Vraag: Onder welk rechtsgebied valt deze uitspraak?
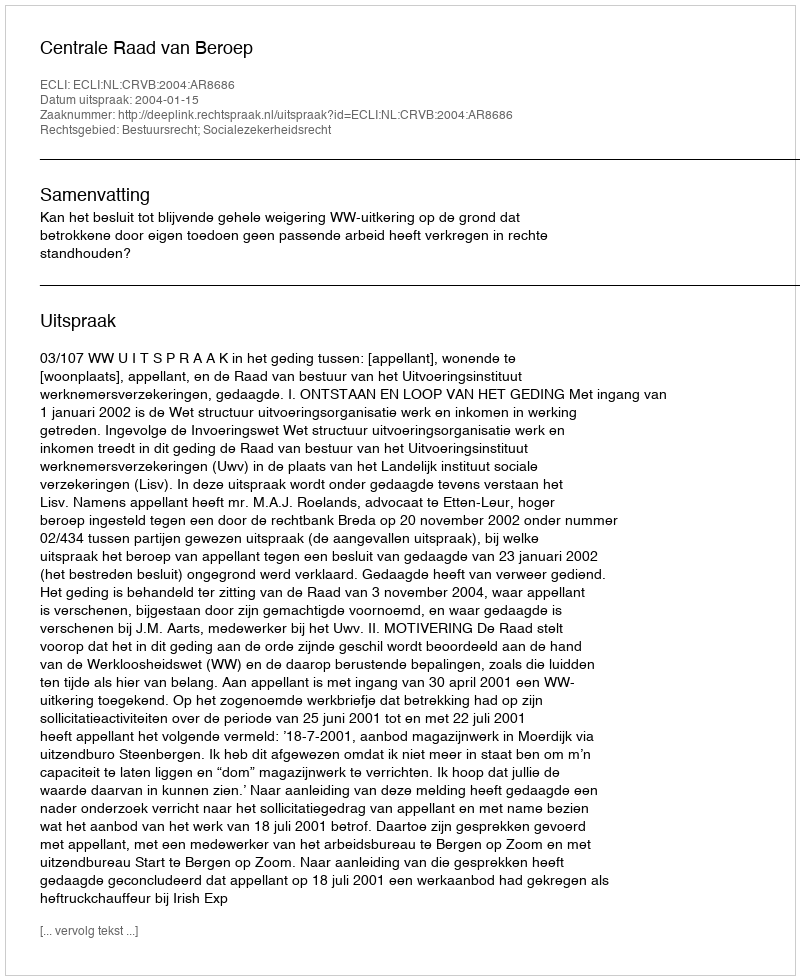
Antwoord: Bestuursrecht; Socialezekerheidsrecht